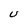
Character: U